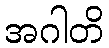
အဂါတိ